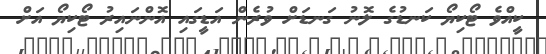
ކީއްވެ ޓޯކިޔޯ ކަނޑުގެ ލޮނު ގަނޑަށް ވުރެން އަޑީގައި އޮންނައިރު ޓޯކިޔޯ އަށް